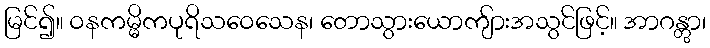
မြင်၍။ ဝနကမ္မိကပုရိသဝေသေန၊ တောသွားယောကျ်ားအသွင်ဖြင့်။ အာဂန္တွာ၊